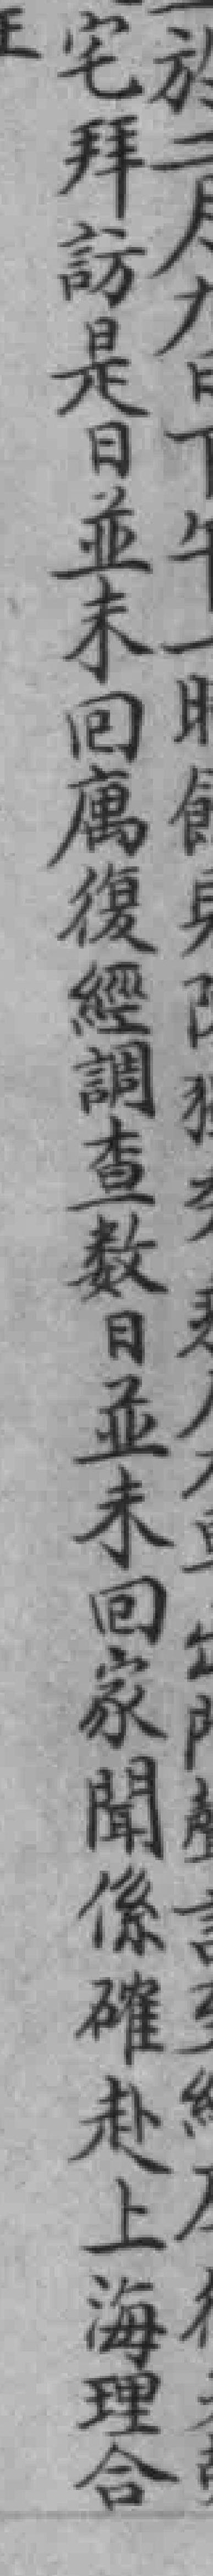
宅拜訪是日並未回庽復經調查数日並未回家聞係確赴上海理合